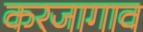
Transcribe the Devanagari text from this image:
करजागाव